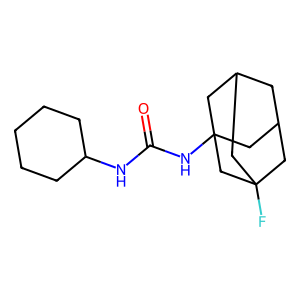
SMILES: O=C(NC1CCCCC1)NC12CC3CC(CC(F)(C3)C1)C2
Inhibits HIV replication: No